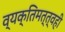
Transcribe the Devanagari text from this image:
व्यक्तिमत्त्वही